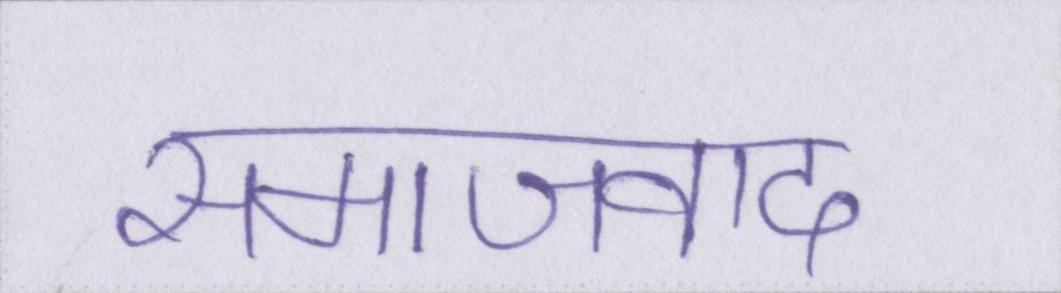
समाजवाद